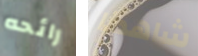
رائحه شاهدنا